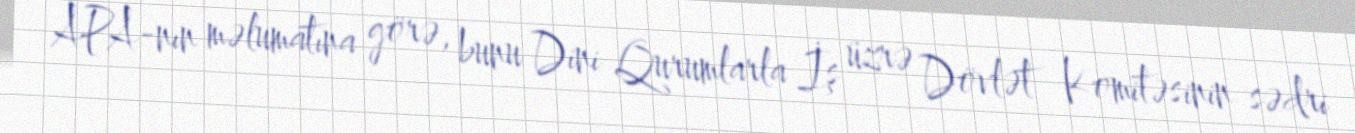
APA-nın məlumatına görə, bunu Dini Qurumlarla İş üzrə Dövlət Komitəsinin sədri